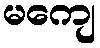
မကျေ